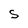
Character: S